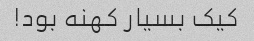
کیک بسیار کهنه بود!